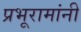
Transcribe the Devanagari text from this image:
प्रभूरामांनी